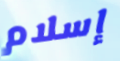
إسلام